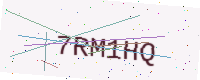
Text: 7RM1HQ